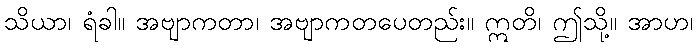
သိယာ၊ ရံခါ။ အဗျာကတာ၊ အဗျာကတပေတည်း။ ဣတိ၊ ဤသို့။ အာဟ၊